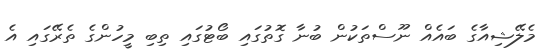
މެލޭޝިއާގެ ބައެއް ނޫސްތަކުން ބުނާ ގޮތުގައި ބޯޓުގައި ތިބި މީހުންގެ ތެރޭގައި އެ